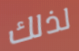
لذلك